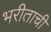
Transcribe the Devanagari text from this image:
भरीताची